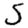
Digit: 5